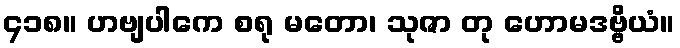
၄၁၈။ ဟဗျပါကေ စရု မတော၊ သုဇာ တု ဟောမဒဗ္ဗိယံ။